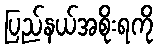
ပြည်နယ်အစိုးရကို